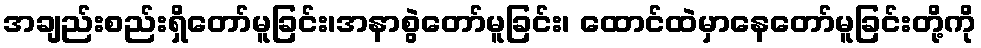
အချည်းစည်းရှိတော်မူခြင်း၊အနာစွဲတော်မူခြင်း၊ ထောင်ထဲမှာနေတော်မူခြင်းတို့ကို